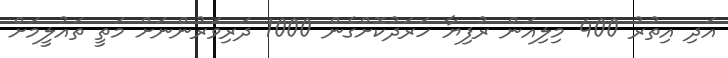
އަދި އިތުރު 400 މިލިއަން ރުފިޔާ ހަރަދުކޮށްގެން 1000 ދަރިވަރުންނަށް މަތީ ތައުލީމަށް